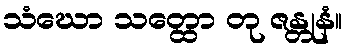
သံဃော သတ္ထော တု ဇန္တုနံ။